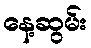
နေ့ဆွမ်း